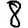
Digit: 8